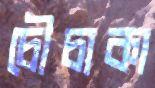
চৌচাকা